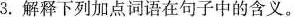
3. 解释下列加点词语在句子中的含义。